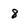
Character: 8